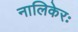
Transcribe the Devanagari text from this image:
नालिकेरः